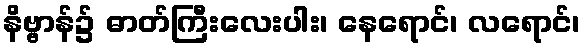
နိဗ္ဗာန်၌ ဓာတ်ကြီးလေးပါး၊ နေရောင်၊ လရောင်၊